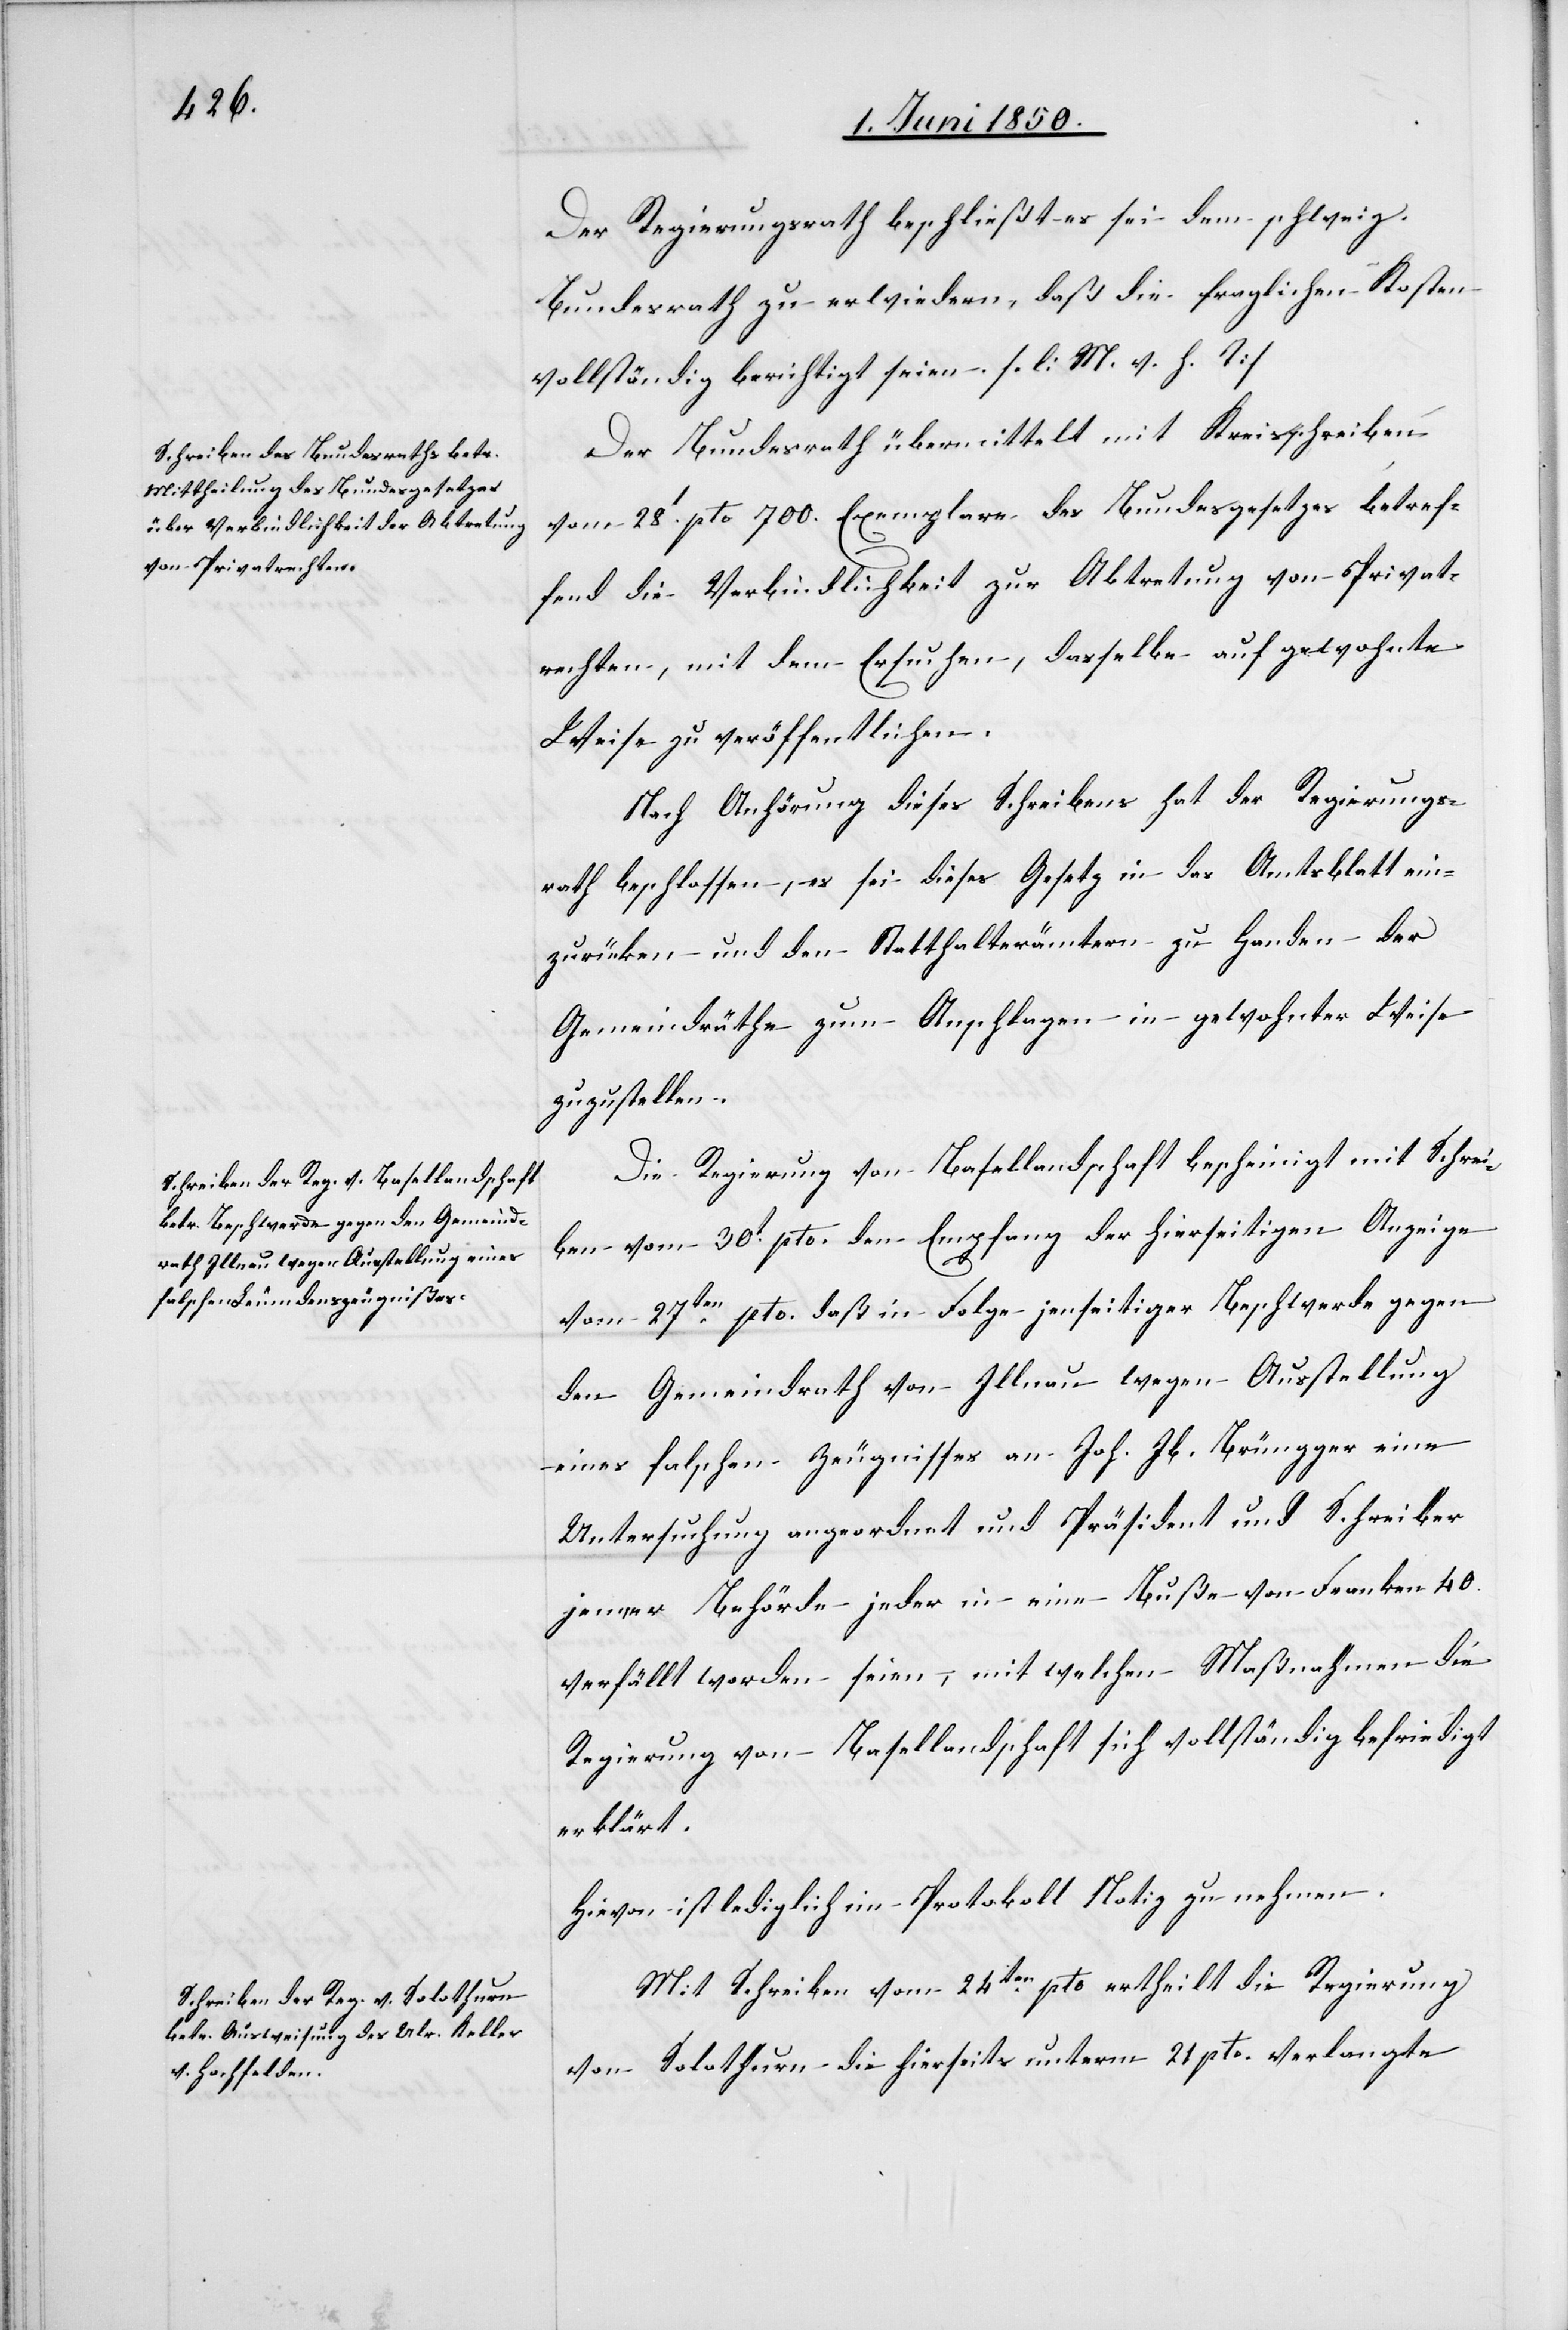
Der Regierungsrath beschließt sei dem schweiz.
Bundesrath zu erwiedern, daß die fraglichen Kosten
vollständig berichtigt seien. [l. M. v. h. T]
Der Bundesrath übermittelt mit Kreisschreiben
vom 28t pto 700. Exemplare des Bundesgesetzes betref¬
fend die Verbindlichkeit zur Abtretung von Privat¬
rechten, mit dem Ersuchen, dasselbe auf gewohnte
Weise zu veröffentlichen.
Nach Anhörung dieses Schreibens hat der Regierungs¬
rath beschlossen, es sei dieses Gesetz in das Amtsblatt ein¬
zurücken und den Statthalterämtern zu Handen der
Gemeindräthe zum Anschlagen in gewohnter Weise
zuzustellen.
Die Regierung von Basellandschaft bescheinigt mit Schrei¬
ben vom 30t pto. den Empfang der hierseitigen Anzeige
vom 27ten pto. daß in Folge jenseitiger Beschwerde gegen
den Gemeindrath von Illnau wegen Ausstellung
eines falschen Zeugnisses an Joh. Jb. Brüngger eine
Untersuchung angeordnet und Präsident und Schreiber
jener Behörde jeder in eine Buße von Franken 40.
verfällt worden seien, mit welchen Maßnahmen die
Regierung von Basellandschaft sich vollständig befriedigt
erklärt.
Hievon ist lediglich im Protokoll Notiz zu nehmen.
Mit Schreiben vom 24ten pto ertheilt die Regierung
von Solothurn die hierseits unterm 21 pto. verlangte